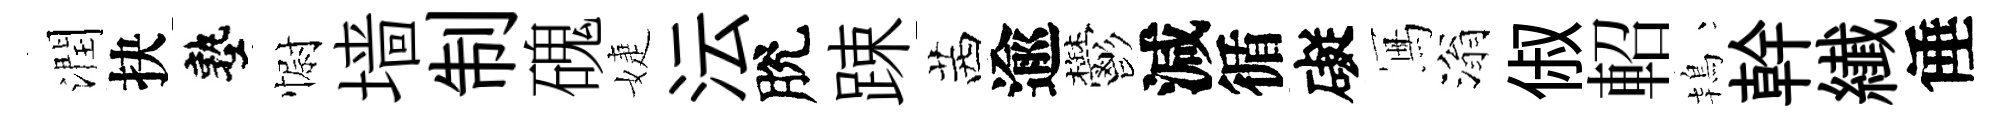
潤抉塾𢠢墙制磈婕沄脫踈茜逾鬱減循礙冩滃俶軺鴇幹纎倕